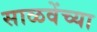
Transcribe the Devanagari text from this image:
साळवेंच्या